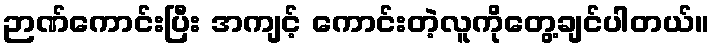
ဉာဏ်ကောင်းပြီး အကျင့် ကောင်းတဲ့လူကိုတွေ့ချင်ပါတယ်။